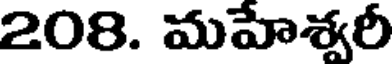
208. మహేశ్వరీ